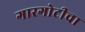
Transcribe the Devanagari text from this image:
गारगोटीचा